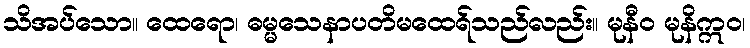
သိအပ်သော။ ထေရော၊ ဓမ္မသေနာပတိမထေရ်သည်လည်း။ မုနီဝ မုနိဣဝ၊